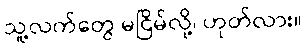
သူ့လက်တွေ မငြိမ်လို့၊ ဟုတ်လား။